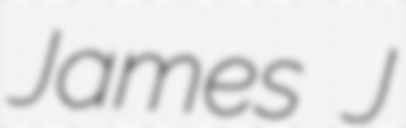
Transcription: James J